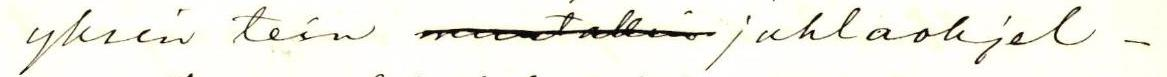
yksin tein muutakin juhlaohjel-